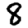
Digit: 8